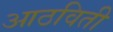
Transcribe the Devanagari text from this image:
आठविती